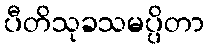
ပီတိသုခသမပ္ပိတာ